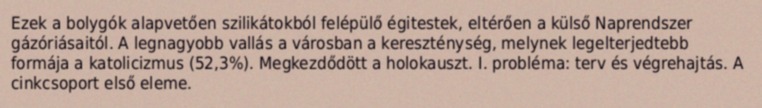
Ezek a bolygók alapvetően szilikátokból felépülő égitestek, eltérően a külső Naprendszer gázóriásaitól. A legnagyobb vallás a városban a kereszténység, melynek legelterjedtebb formája a katolicizmus (52,3%). Megkezdődött a holokauszt. I. probléma: terv és végrehajtás. A cinkcsoport első eleme.